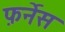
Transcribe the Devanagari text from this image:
फ़र्नेस